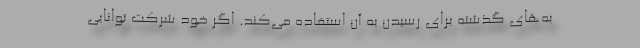
به‌های گذشته برای رسیدن به آن استفاده می‌کند. اگر خود شرکت توانایی